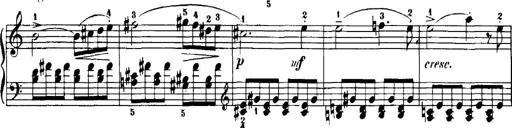
Title: 7 Sonatinas
Composer: Anton Diabelli